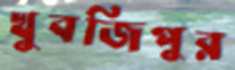
খুবজিপুর